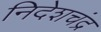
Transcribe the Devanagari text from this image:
निदेशचंद्र